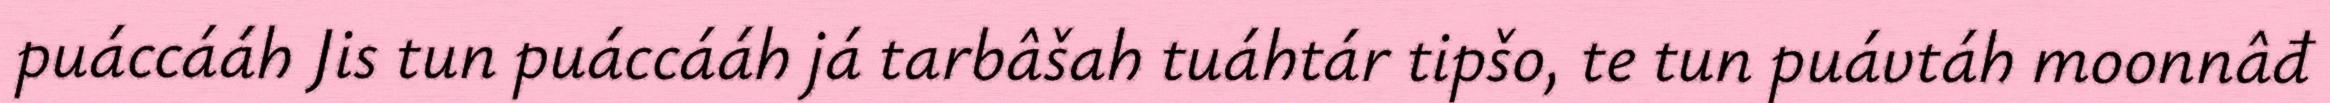
puáccááh Jis tun puáccááh já tarbâšah tuáhtár tipšo, te tun puávtáh moonnâđ